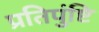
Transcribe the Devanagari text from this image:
प्रतिपुंष्टि